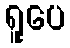
ရူပေ